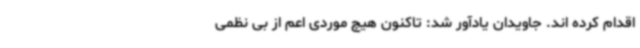
اقدام کرده اند. جاویدان یادآور شد: تاکنون هیچ موردی اعم از بی نظمی